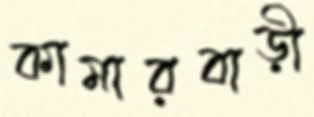
কামারবাড়ী